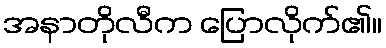
အနာတိုလီက ပြောလိုက်၏။